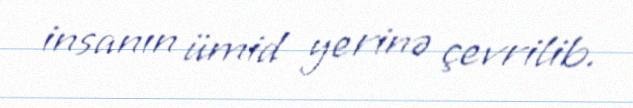
insanın ümid yerinə çevrilib.